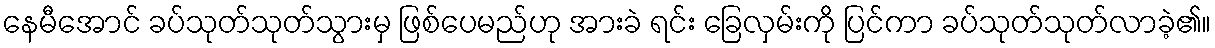
နေမီအောင် ခပ်သုတ်သုတ်သွားမှ ဖြစ်ပေမည်ဟု အားခဲ ရင်း ခြေလှမ်းကို ပြင်ကာ ခပ်သုတ်သုတ်လာခဲ့၏။